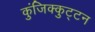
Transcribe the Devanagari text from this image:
कुंजिक्कुट्टन